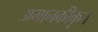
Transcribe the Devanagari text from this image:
अमानकीकृत